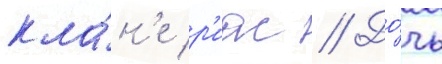
кла́н'е р'иас // До́чь